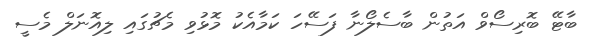
ބާޓޭ ބޮރިސޯވް އަތުން ބާސެލޯނާ ފަސޭހަ ކަމާއެކު މޮޅުވި މެޗުގައި ލިއޮނަލް މެސީ